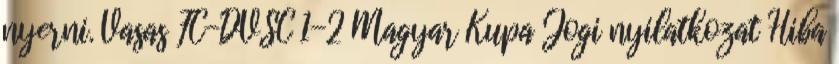
nyerni. Vasas FC-DVSC 1-2 Magyar Kupa Jogi nyilatkozat Hiba